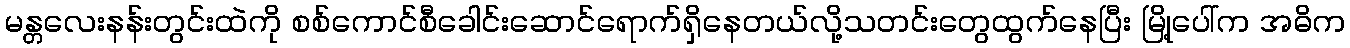
မန္တလေးနန်းတွင်းထဲကို စစ်ကောင်စီခေါင်းဆောင်ရောက်ရှိနေတယ်လို့သတင်းတွေထွက်နေပြီး မြို့ပေါ်က အဓိက